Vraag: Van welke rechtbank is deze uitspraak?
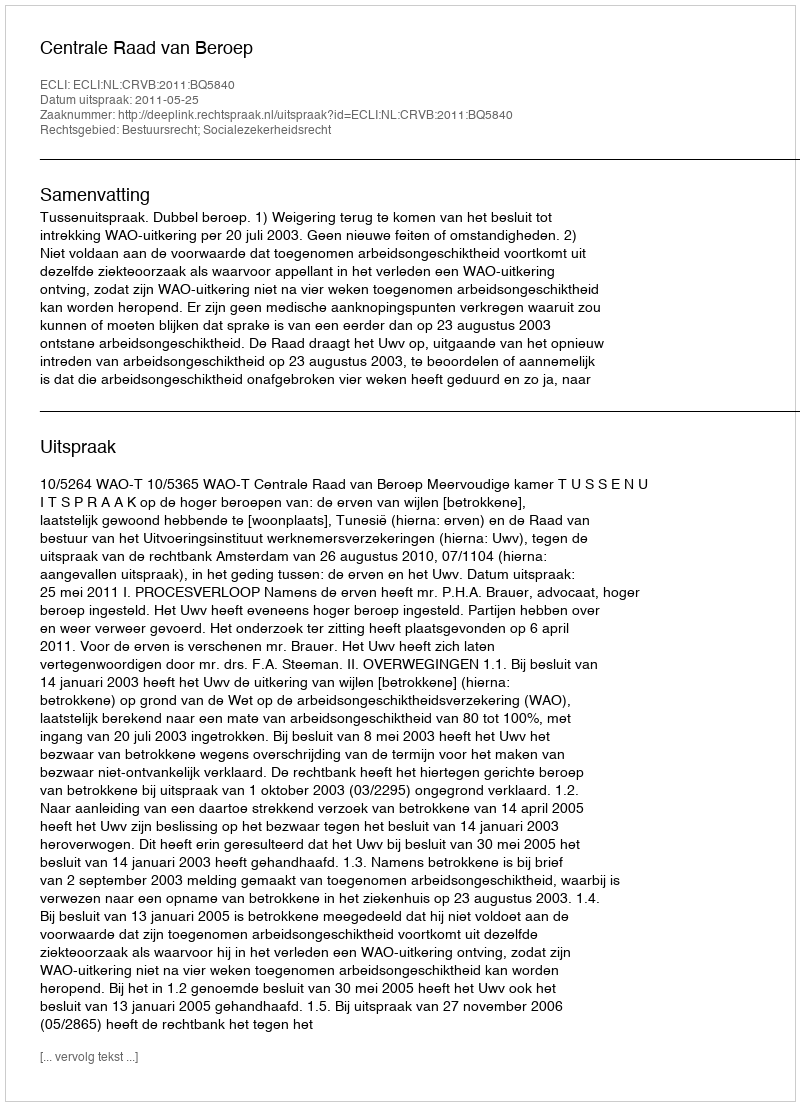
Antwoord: Centrale Raad van Beroep